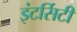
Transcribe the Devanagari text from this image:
इंटर्सिटी